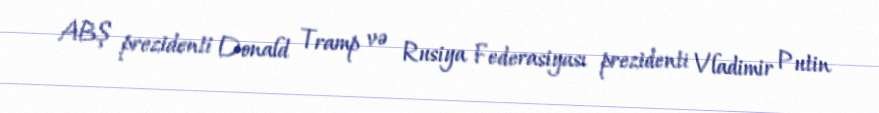
ABŞ prezidenti Donald Tramp və Rusiya Federasiyası prezidenti Vladimir Putin